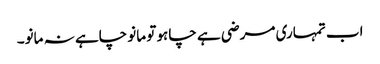
اب تمہاری مرضی ہے چاہو تو مانو چاہے نہ مانو۔